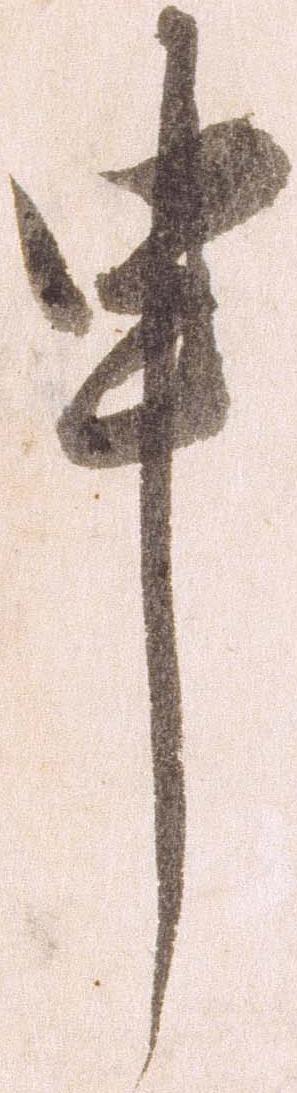
申